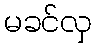
မခင်လှ